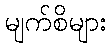
မျက်စိများ